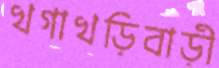
খগাখড়িবাড়ী